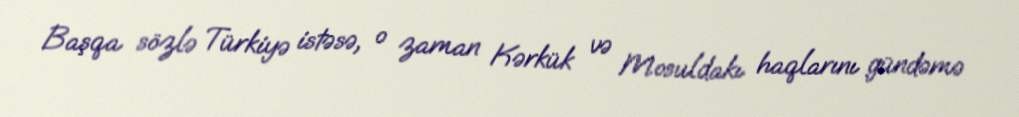
Başqa sözlə Türkiyə istəsə, o zaman Kərkük və Mosuldakı haqlarını gündəmə